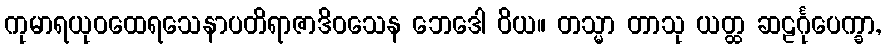
ကုမာရယုဝထေရသေနာပတိရာဇာဒိဝသေန ဘေဒေါ ဝိယ။ တသ္မာ တာသု ယတ္ထ ဆဠင်္ဂုပေက္ခာ,